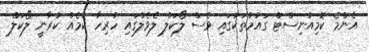
އެންމެ ކޮމިއުނިސްޓް ގައުމުތަކުގައި ވެސް ލޯކަލް ލެވެލްގައި ހުރިހާ ކަމެއް ކުރާނީ ލޯކަލް